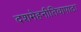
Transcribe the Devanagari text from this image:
दशमेहनीतिवापाठः